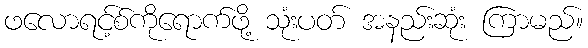
ဖလောရင့်စ်ကိုရောက်ဖို့ သုံးပတ် အနည်းဆုံး ကြာမည်။